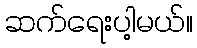
ဆက်ရေးပါ့မယ်။